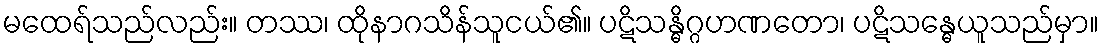
မထေရ်သည်လည်း။ တဿ၊ ထိုနာဂသိန်သူငယ်၏။ ပဋိသန္ဓိဂ္ဂဟဏတော၊ ပဋိသန္ဓေယူသည်မှာ။